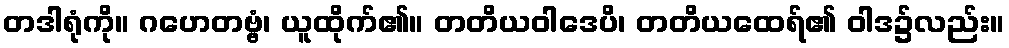
တဒါရုံကို။ ဂဟေတဗ္ဗံ၊ ယူထိုက်၏။ တတိယဝါဒေပိ၊ တတိယထေရ်၏ ဝါဒ၌လည်း။